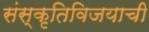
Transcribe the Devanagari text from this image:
संस्कृतिविजयाची